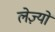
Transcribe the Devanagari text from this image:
लेज़्यों